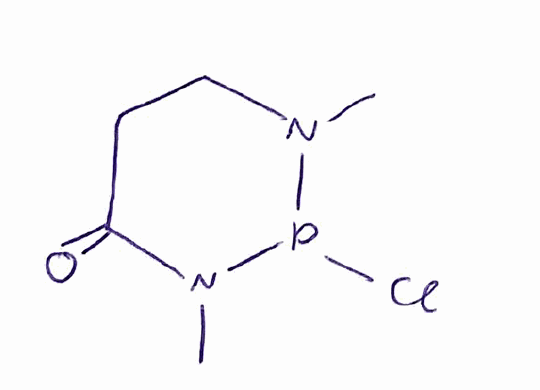
Simplified molecular-input line-entry system (SMILES) notation of the given molecule:
CN1CCC(=O)N(P1Cl)C